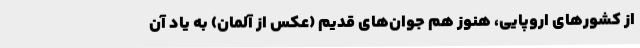
از کشور‌های اروپایی، هنوز هم جوان‌های قدیم (عکس از آلمان) به یاد آن